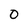
Character: 0